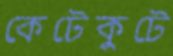
কেটেকুটে